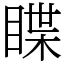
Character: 䁋